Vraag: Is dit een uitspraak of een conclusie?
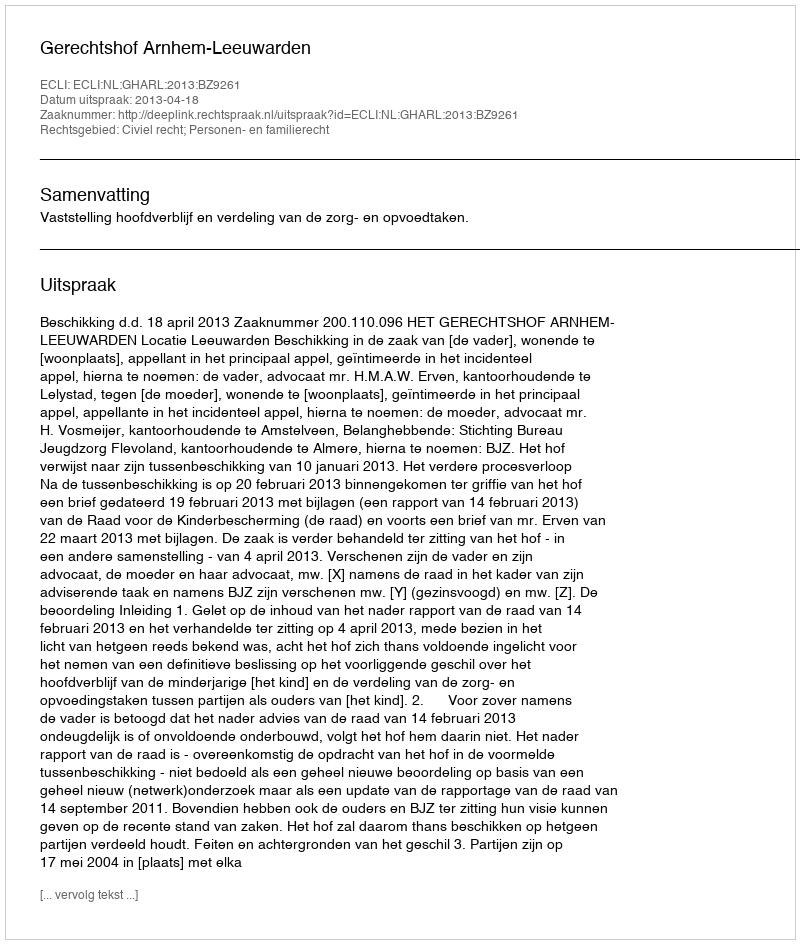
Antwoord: Uitspraak